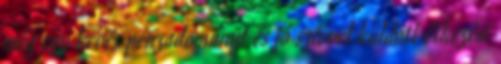
még egy kevés pénzadományt és jó szívvel küldött étkezési